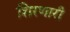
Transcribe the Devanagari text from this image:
शिरणारी